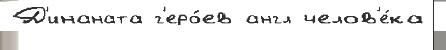
Д'инаната г'еро́ев англ челов'е́ка